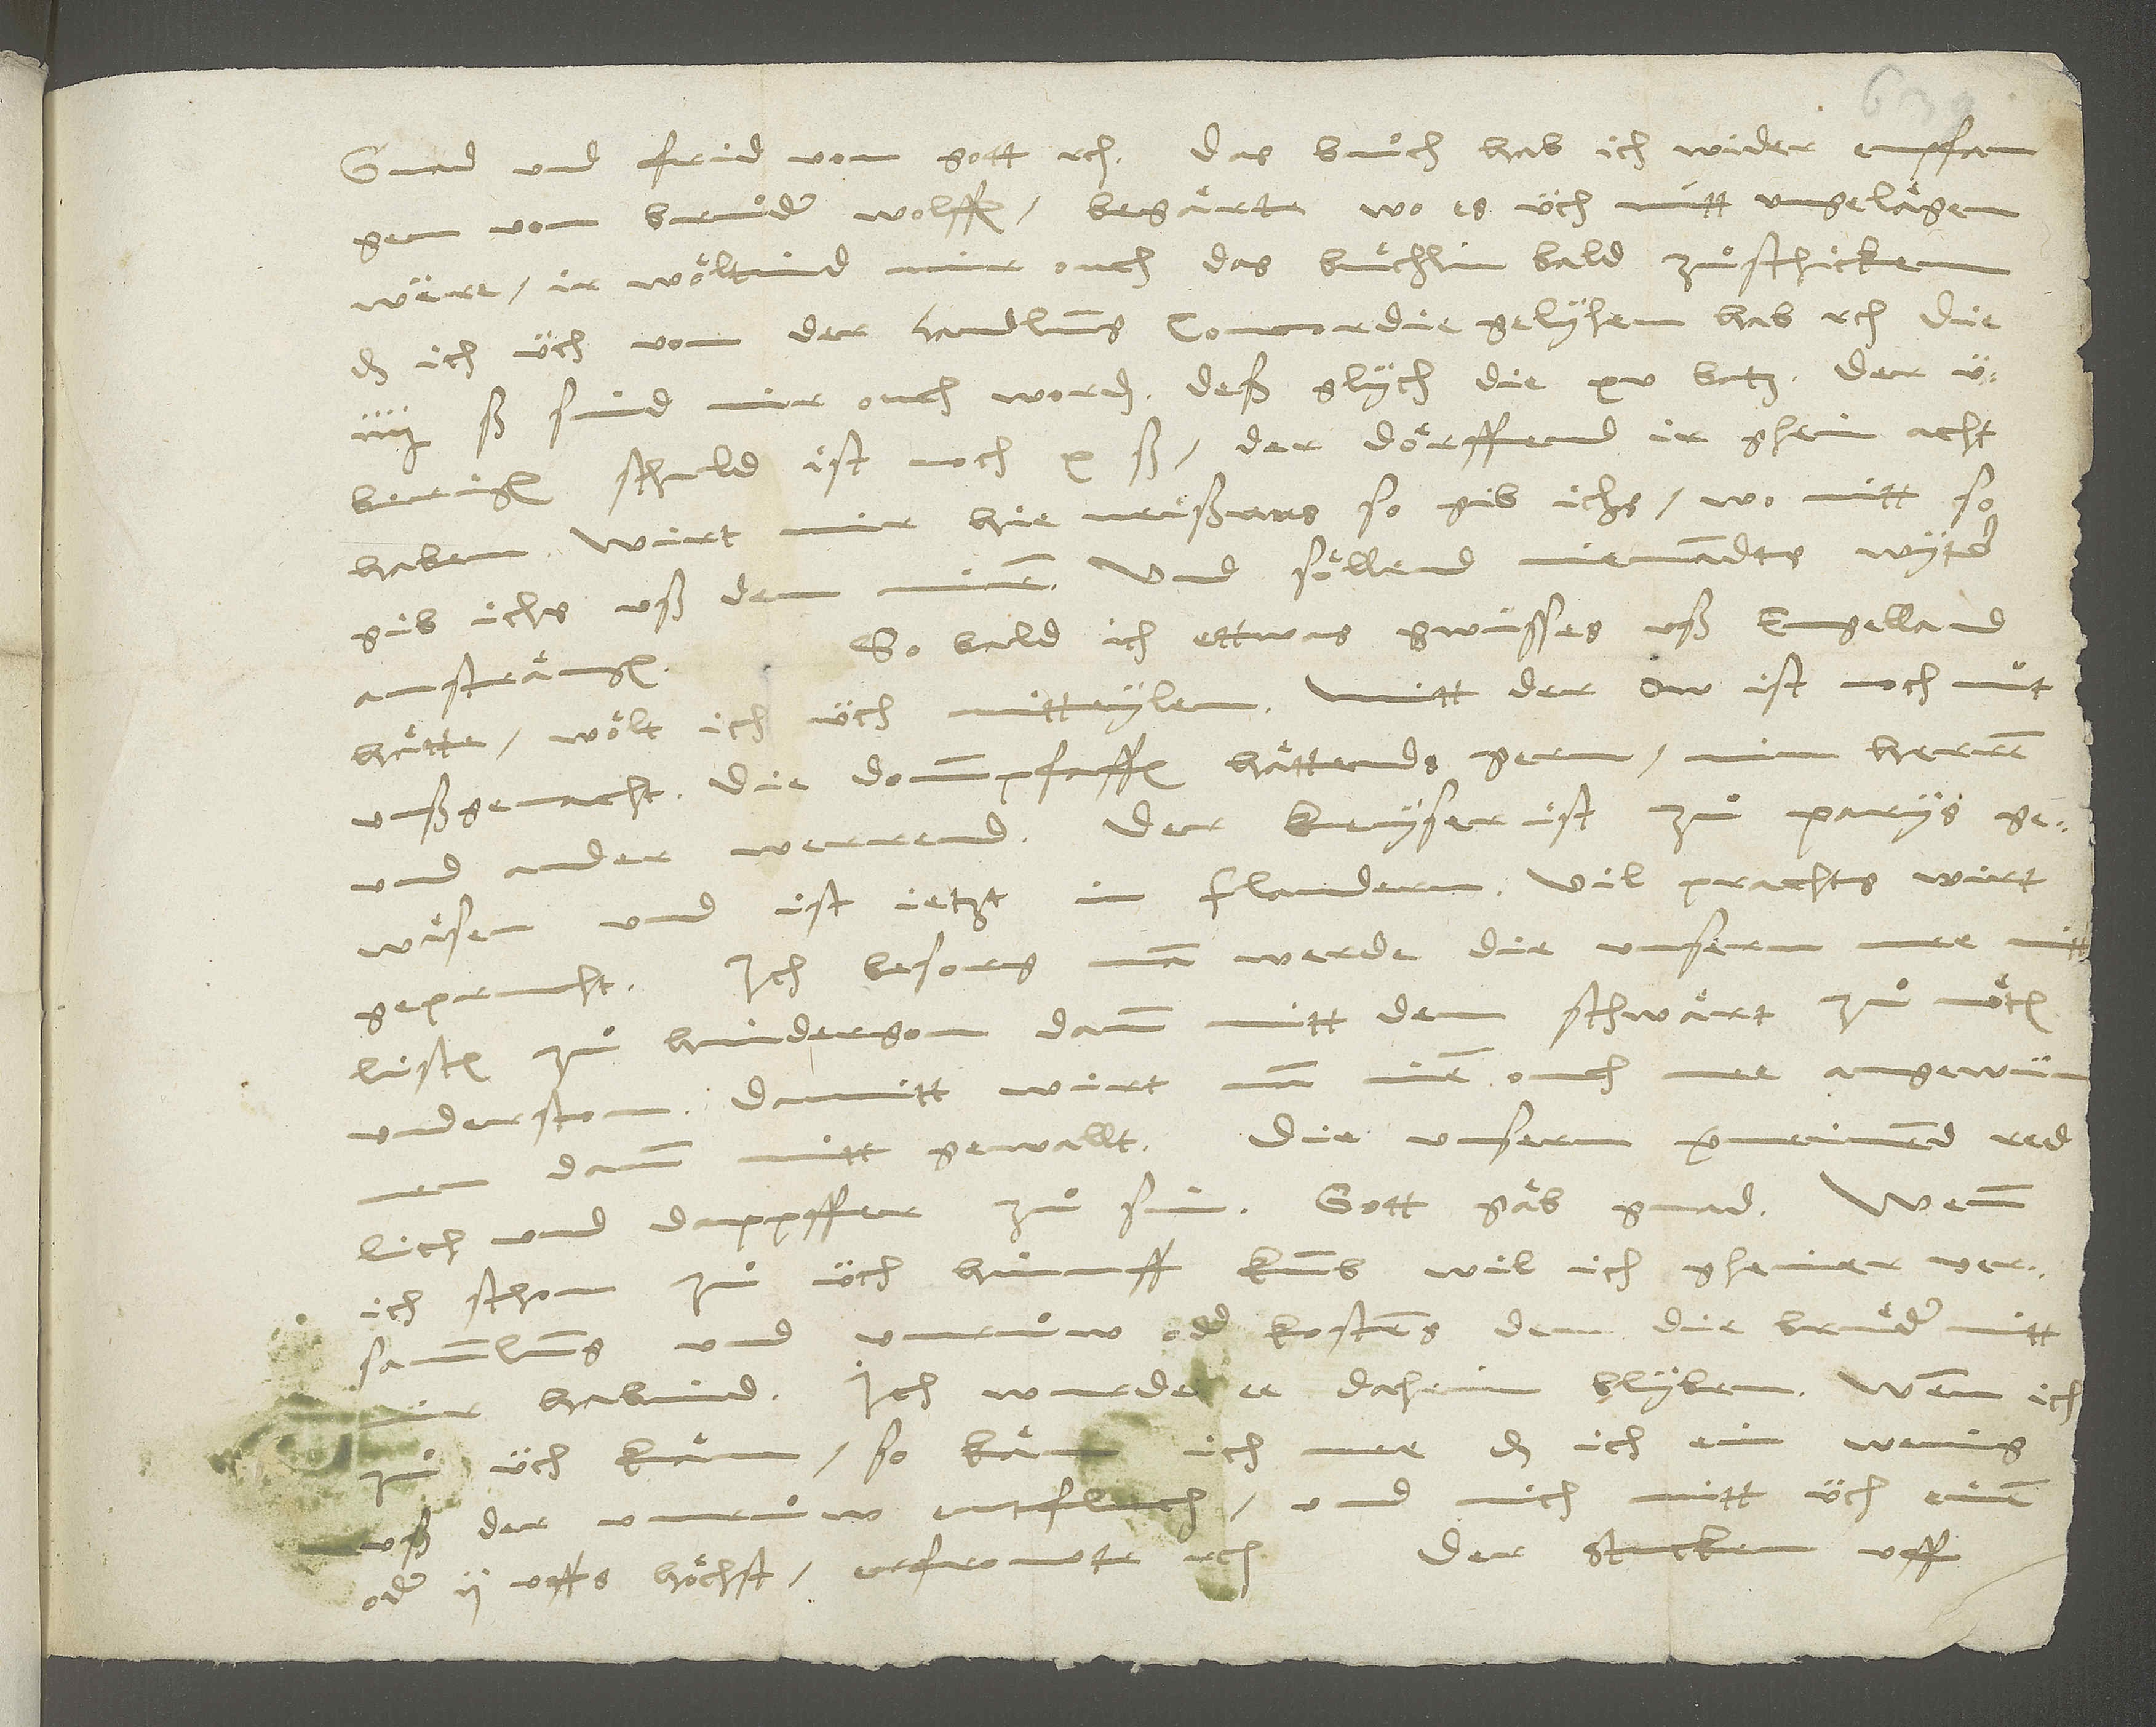
von bruͦder Wolffen; begärte, wo es üch nitt ungelägen
were, ir wöltind mir ouch das buͤchlin bald zuͦschicken,
das ich üch von der handlung concordie gelyhen hab etc.
4 ß sind mir ouch worden, deßglych die 15 batz. Der
überigen schuld ist noch 10 ß; der dörffend ir ghein acht
haben. Wirt mir hie neißwas, so gib ichs, wo nitt, so
gib ichs uß dem minen. Und söllend niemandts wyter
hätte, wölt ich üch mitteylen. Mitt der Öw ist noch nüt
uußgemacht; die dommpfaffen hättends gern, min herren
gewäsen und ist jetzt in Flandern. Vil prachts wirt
geprucht. Ich besorg, man werde die unsern mee
listen zuͦ hindergon dann mitt dem schwärt zuͦ nöten
underston. Damitt wirt man inen ouch mee angewünnen
dann mitt gewallt. Die unsern vermeinend redlich
und dappffer zuͦ sin. Gott gäb gnad.
ich schon zuͦ üch hinuff kumb, wil ich gheiner versammlung
und unruͦw oder kostens, den die bruͤder mitt
habind; ich wurde ee daheim blyben. Wenn ich
üch käm, so käm ich mee, daß ich ein wenig
der unruͦw entflüch und mich mitt üch, einen